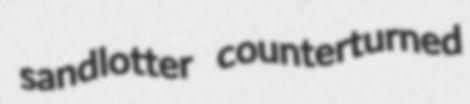
sandlotter counterturned